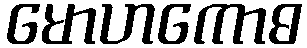
မောဟကောဓ